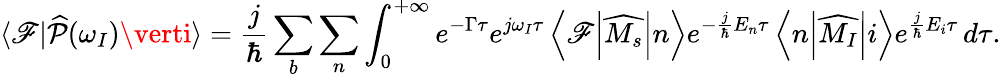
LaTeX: \langle\mathscr{F}\vert\widehat{{\mathcal{{P}}}}(\omega_{I})\verti\rangle=\frac{{j}}{{\hbar}}\sum_{b}\sum_{n}\int_{0}^{+\infty}e^{-\Gamma\tau}e^{j\omega_{I}\tau}\left<\mathscr{F}\middle|\widehat{{M_{s}}}\middle|n\right>e^{-\frac{{j}}{{\hbar}}E_{n}\tau}\left<n\middle|\widehat{{M_{I}}}\middle|i\right>e^{\frac{{j}}{{\hbar}}E_{i}\tau}\, d\tau.